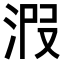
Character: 𣴫